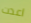
اعدت